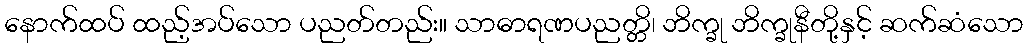
နောက်ထပ် ထည့်အပ်သော ပညတ်တည်း။ သာဓာရဏပညတ္တိ၊ ဘိက္ခု ဘိက္ခုနီတို့နှင့် ဆက်ဆံသော